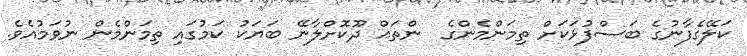
ކަލޭގެފާނުގެ ބަސްފުޅަކަށް ތިމަންމެންގެ  ންތައް ދޫކޮށްލާނޭ ބަޔަކު ކަމުގައި ތިމަންމެން ނުވަމުއެވެ.